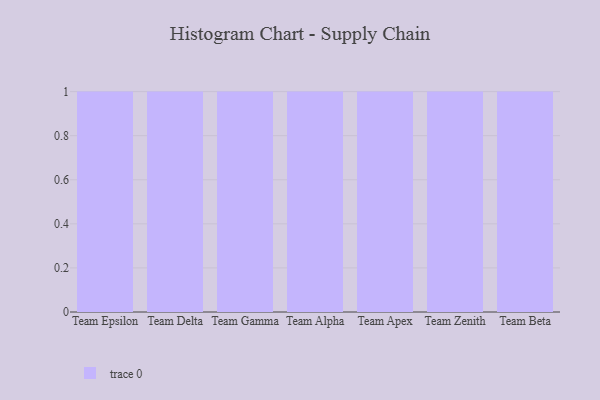
{"axis": {"x": "Team", "y": "Conversion Rate (%)"}, "legend": [""], "data": [{"x": "Team Epsilon", "y": 45, "type": ""}, {"x": "Team Delta", "y": 70, "type": ""}, {"x": "Team Gamma", "y": 17, "type": ""}, {"x": "Team Alpha", "y": 12, "type": ""}, {"x": "Team Apex", "y": 82, "type": ""}, {"x": "Team Zenith", "y": 58, "type": ""}, {"x": "Team Beta", "y": 49, "type": ""}]}